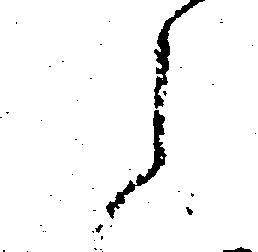
ら